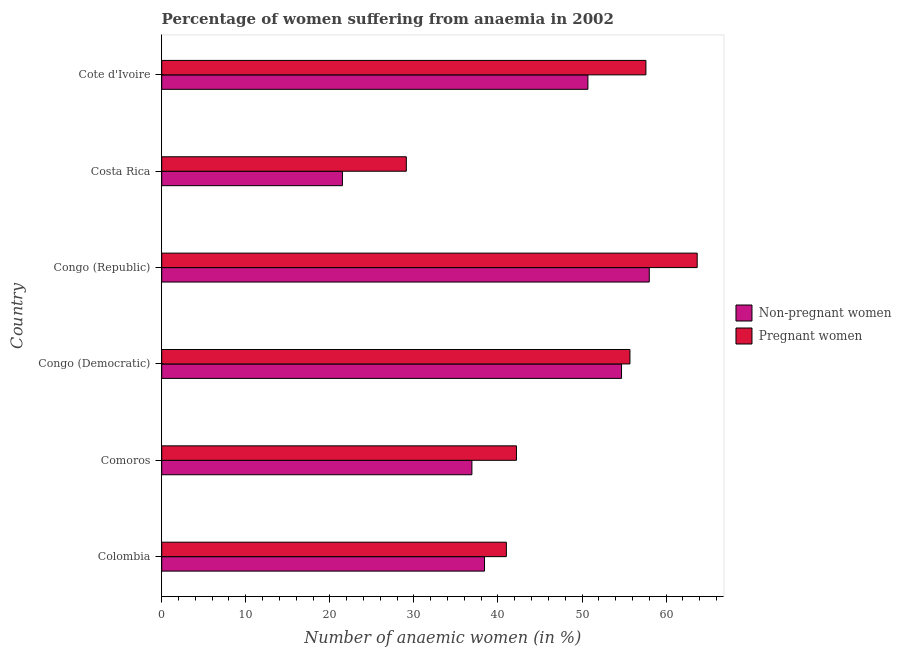
| Country | Non-pregnant women | Pregnant women |
 | --- | --- | --- |
 | Colombia | 38.4 | 41 |
 | Comoros | 36.9 | 42.2 |
 | Congo (Democratic) | 54.7 | 55.7 |
 | Congo (Republic) | 58 | 63.7 |
 | Costa Rica | 21.5 | 29.1 |
 | Cote d'Ivoire | 50.7 | 57.6 |